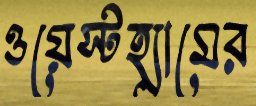
ওয়েস্টহ্যামের